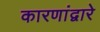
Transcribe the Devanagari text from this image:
कारणांद्वारे